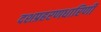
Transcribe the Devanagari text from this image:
दशप्रहरणधारिणी